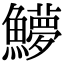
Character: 𬵳